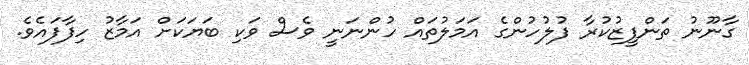
ގާނޫނު ތަންފީޒުކުރާ ފުލުހުންގެ އަމަލުތައް ހުންނަނީ ވެސް ވަކި ބަޔަކަށް އަމާޒު ހިފާފައެވެ.